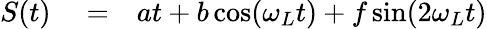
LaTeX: \begin{array}{rlr}{S(t)}&{{}=}&{at+b\cos(\omega_{L}t)+f\sin(2\omega_{L}t)}\end{array}